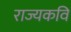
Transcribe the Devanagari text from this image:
राज्यकवि